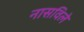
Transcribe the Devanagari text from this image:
नासविले